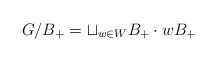
\begin{align*}G/B_+ = \sqcup_{w \in W} B_+ \cdot w B_+ \end{align*}